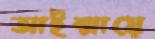
আইম্মায়ে